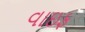
વાઇફ